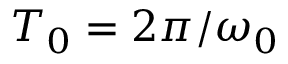
T _ { 0 } = 2 \pi / \omega _ { 0 }